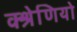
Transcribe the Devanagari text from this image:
क्श्रेणियो